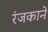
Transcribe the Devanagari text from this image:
रंजकाने